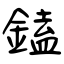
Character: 鎑